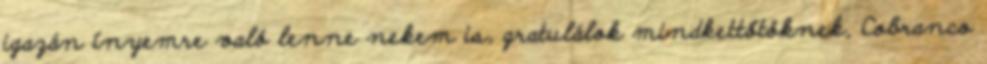
igazán ínyemre való lenne nekem is, gratulálok mindkettőtöknek, Cobranco